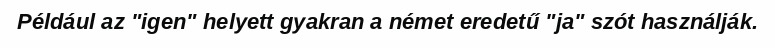
Például az "igen" helyett gyakran a német eredetű "ja" szót használják.